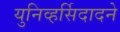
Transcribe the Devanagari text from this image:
युनिव्हर्सिदादने